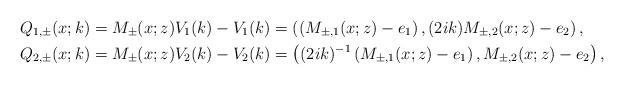
LaTeX: \begin{align*}&Q_{1, \pm} (x;k)=M_{\pm}(x;z) V_1(k)-V_1(k)=\left(\left(M_{\pm,1}(x;z)-e_1\right), (2ik)M_{\pm,2}(x;z)-e_2\right),\\&Q_{2, \pm}(x;k)=M_{\pm}(x;z) V_2(k)-V_2(k)=\left((2ik)^{-1}\left(M_{\pm,1}(x;z)-e_1\right), M_{\pm,2}(x;z)-e_2\right),\end{align*}